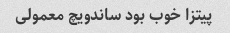
پیتزا خوب بود ساندویچ معمولی